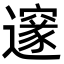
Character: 邃